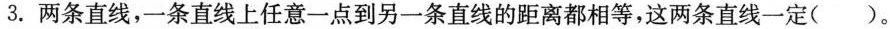
3.两条直线，一条直线上任意一点到另一条直线的距离都相等，这两条直线一定()。